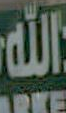
الله